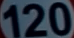
120